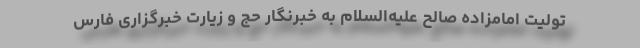
تولیت امامزاده صالح علیه‌السلام به خبرنگار حج و زیارت خبرگزاری فارس